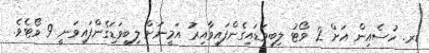
ޑރ. ހުސެއިން އަށް 2 ވޯޓު ލިބިވަޑައިގެންފައިވާއިރު އަމީނަށް ލިބިވަޑަިގެންފައިވަނީ 9 ވޯޓެވެ.